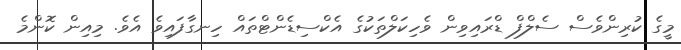
މީގެ ކުރިންވެސް ސެލްފް ޑްރައިވިން ވެހިކަލްތަކުގެ އެކްސިޑެންޓްތައް ހިނގާފައިވެ އެވެ. މިއިން ކޮންމެ